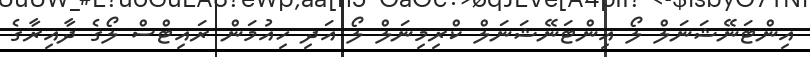
އިންޓަނޭޝަނަލް ލޯ އިންޓަނޭޝަނަލް ކްރިމިނަލް ލޯ އަދި ހިއުމަން ރައިޓްސް ލޯގެ ދާއިރާގެ